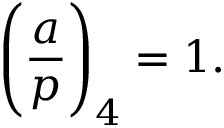
{ \Bigg ( } { \frac { a } { p } } { \Bigg ) } _ { 4 } = 1 .